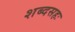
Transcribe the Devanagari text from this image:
शब्दसहः